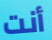
أنت